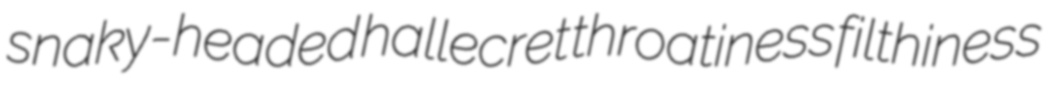
snaky-headed hallecret throatiness filthiness